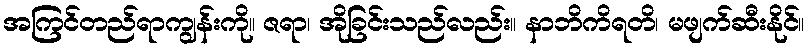
အကြင်တည်ရာကျွန်းကို။ ဇရာ၊ အိုခြင်းသည်လည်း။ နာဘိကိရတိ၊ မဖျက်ဆီးနိုင်။